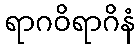
ရာဂဝိရာဂိနံ